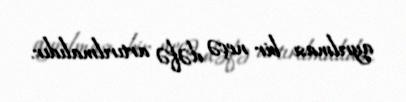
ayrılması bir neçə dəfə artırılmalıdır.